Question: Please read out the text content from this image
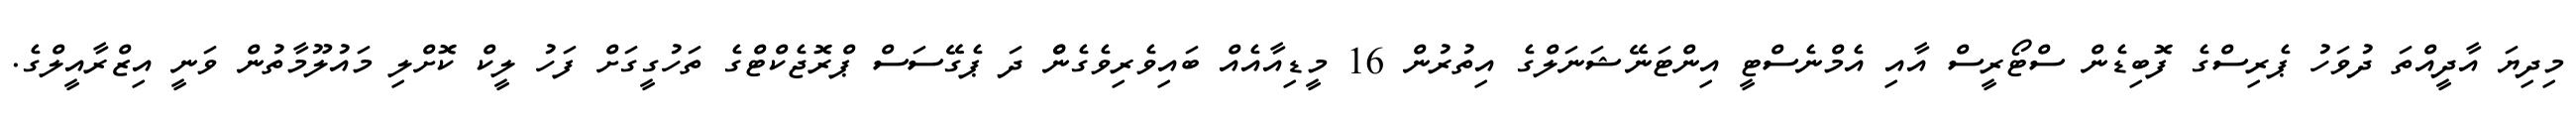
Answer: މިދިޔަ އާދީއްތަ ދުވަހު ޕެރިސްގެ ފޮބިޑެން ސްޓޯރީސް އާއި އެމްނެސްޓީ އިންޓަނޭޝަނަލްގެ އިތުރުން 16 މީޑިއާއެއް ބައިވެރިވެގެންް ދަ ޕެގޭސަސް ޕްރޮޖެކްޓްގެ ތަހުގީގަށް ފަހު ލީކް ކޮށްލި މައުލޫމާތުން ވަނީ އިޒްރާއީލްގެ.